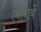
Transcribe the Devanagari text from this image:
मिलायें